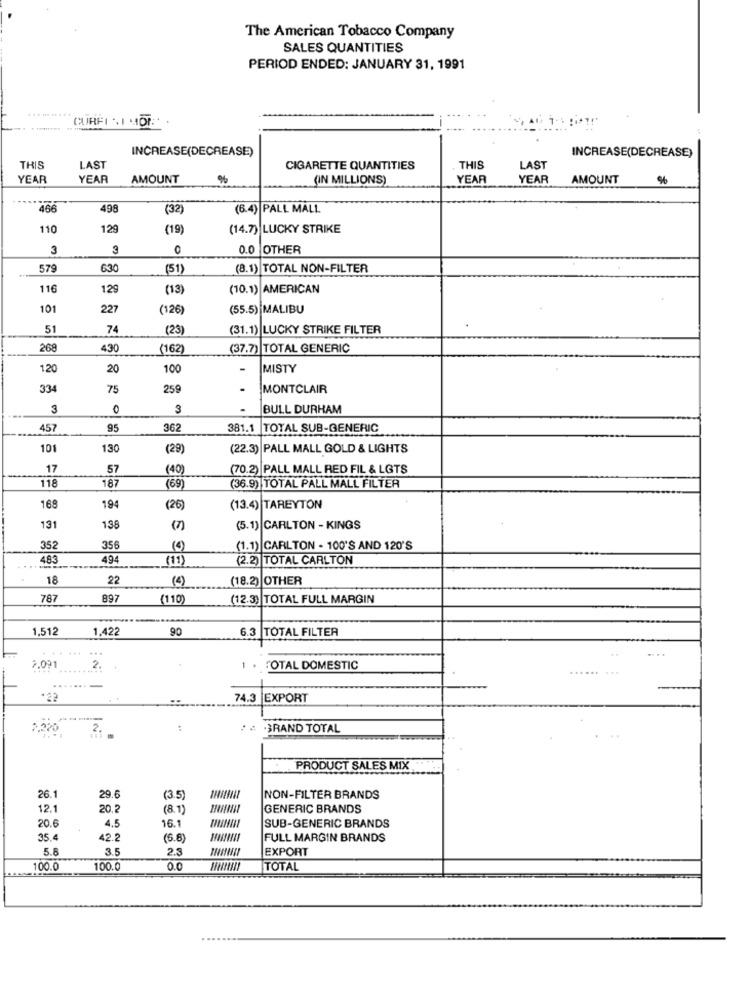
The American Tobacco Company
SALES QUANTITIES
PERIOD ENDED: JANUARY 31, 1991
LAST
INCREASE(DECREASE)
INCREASE(DECREASE)
THIS
CIGARETTE QUANTITIES
THIS
LAST
YEAR
YEAR
AMOUNT
%
(IN MILLIONS)
YEAR
YEAR
AMOUNT
%
46€
499
(32)
(6.4) PALL MALL
110
129
(19)
(14.7) LUCKY STRIKE
3
3
0
0.0 OTHER
579
630
(51)
(8.1) TOTAL NON-FILTER
116
129
(13)
(10.1) AMERICAN
101
227
(126)
(55.5) MALIBU
51
74
(23)
(31.1) LUCKY STRIKE FILTER
269
430
(162
(37.7) TOTAL GENERIC
1.20
20
100
-
MISTY
334
75
259
MONTCLAIR
3
0
3
BULL DURHAM
457
95
362
381.1 TOTAL SUB-GENERIC
101
130
(29)
(22.3) PALL MALL GOLD & LIGHTS
17
57
(40
(70.2) PALL MALL RED FIL & LOTS
118
187
(69)
(36.9) TOTAL PALL MALL FILTER
168
194
(26
(13.4) TAREYTON
131
138
(5.1) CARLTON - KINGS
352
356
(1.1) CARLTON - 100'S AND 120'S
483
494
(11)
(2.2) TOTAL CARLTON
18
22
(4)
(18.2) OTHER
787
897
(110)
(12.3) TOTAL FULL MARGIN
1,512
1,422
90
6.3
TOTAL FILTER
. . .
...
7.091
2.
TOTAL DOMESTIC
...... ...
74.3 EXPORT
2.
" GRAND TOTAL
PRODUCT SALES MIX
26.1
29.
(3.5)
NON-FILTER BRANDS
12.1
20.2
(8.1)
GENERIC BRANDS
20.6
4.5
16.1
SUB-GENERIC BRANDS
35.
42.2
(6.6
FULL MARGIN BRANDS
5.6
3.5
2.3
EXPORT
100.
100.0
0.0
TOTAL